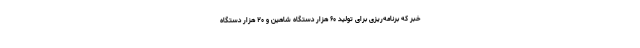
خبر که برنامه‌ریزی برای تولید ۶۰ هزار دستگاه شاهین و ۲۰ هزار دستگاه